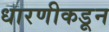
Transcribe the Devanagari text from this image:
धारणीकडून